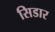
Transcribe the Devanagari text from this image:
सिडार